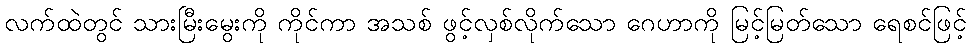
လက်ထဲတွင် သားမြီးမွေးကို ကိုင်ကာ အသစ် ဖွင့်လှစ်လိုက်သော ဂေဟာကို မြင့်မြတ်သော ရေစင်ဖြင့်